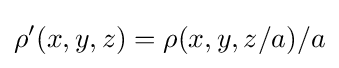
\rho '(x,y,z)=\rho (x,y,z/a)/a